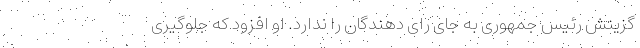
گزینش رئیس جمهوری به جای رای دهندگان را ندارد. او افزود که جلوگیری